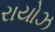
રાયોઝ